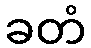
ခတံ